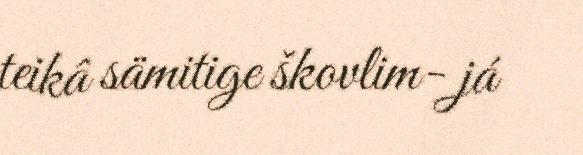
teikâ sämitige škovlim- já